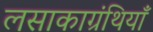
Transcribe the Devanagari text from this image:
लसाकाग्रंथियाँ